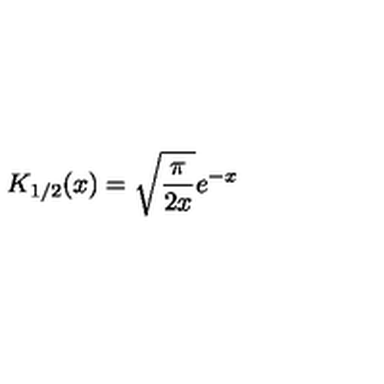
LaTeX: K _ { 1 / 2 } ( x ) = \sqrt { \frac { \pi } { 2 x } } e ^ { - x }